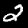
Digit: 2